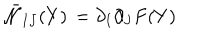
\bar { \cal N } _ { I J } ( Y ) \, = \partial _ { I } \partial _ { J } F ( Y )